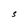
Character: S